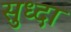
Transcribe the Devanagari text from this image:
सुध्‍दा